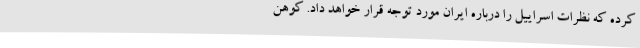
کرده که نظرات اسراییل را درباره ایران مورد توجه قرار خواهد داد. کوهن